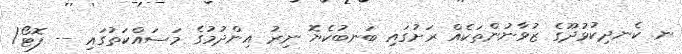
ނ. ކެނދިކުޅުދޫގެ ޒުވާނުންތަކެއް ރަށުގައި ބަނބުކެޔޮ ނިރު އިންދުމުގެ މަސައްކަތުގައި -- ފޮޓޯ/